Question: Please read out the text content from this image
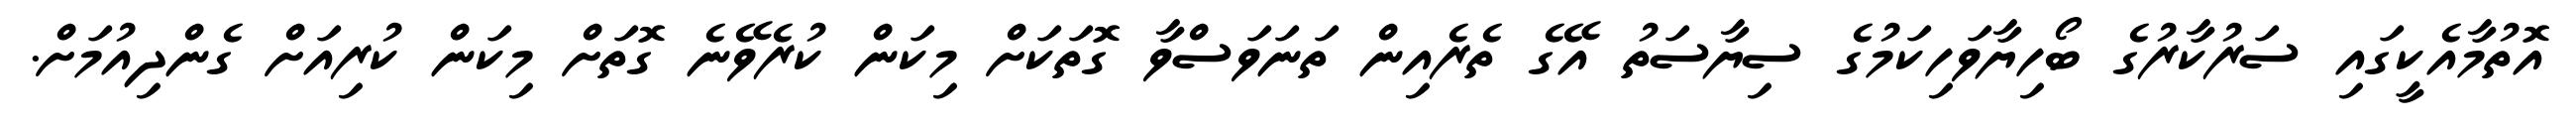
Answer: އޮތުމާއެކީގައި ސަރުކާރުގެ ބޯހިޔާވަހިކަމުގެ ސިޔާސަތު އޭގެ ތެރެއިން ތަނަވަސްވާ ގޮތަކަށް މިކަން ކުރެވޭނެ ގޮތަށް މިކަން ކުރިއަށް ގެންދިއުމަށް.